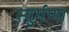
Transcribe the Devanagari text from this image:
स्युर्गणा